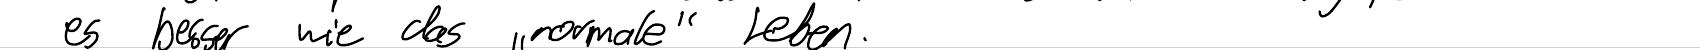
es besser wie das "normale" Leben.